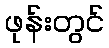
ဖုန်းတွင်